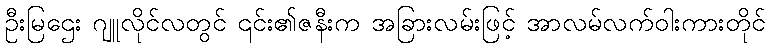
ဦးမြဌေး ဂျူလိုင်လတွင် ၎င်း၏ဇနီးက အခြားလမ်းဖြင့် အာလမ်လက်ဝါးကားတိုင်